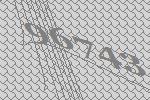
96743